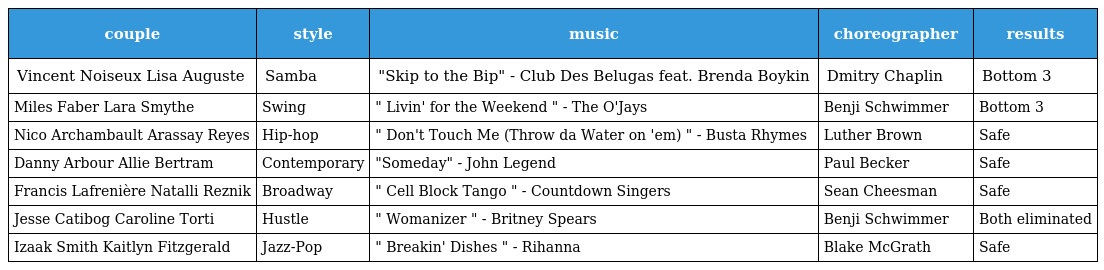
| couple | style | music | choreographer | results |
 | --- | --- | --- | --- | --- |
 | Vincent Noiseux Lisa Auguste | Samba | "Skip to the Bip" - Club Des Belugas feat. Brenda Boykin | Dmitry Chaplin | Bottom 3 |
 | Miles Faber Lara Smythe | Swing | " Livin' for the Weekend " - The O'Jays | Benji Schwimmer | Bottom 3 |
 | Nico Archambault Arassay Reyes | Hip-hop | " Don't Touch Me (Throw da Water on 'em) " - Busta Rhymes | Luther Brown | Safe |
 | Danny Arbour Allie Bertram | Contemporary | "Someday" - John Legend | Paul Becker | Safe |
 | Francis Lafrenière Natalli Reznik | Broadway | " Cell Block Tango " - Countdown Singers | Sean Cheesman | Safe |
 | Jesse Catibog Caroline Torti | Hustle | " Womanizer " - Britney Spears | Benji Schwimmer | Both eliminated |
 | Izaak Smith Kaitlyn Fitzgerald | Jazz-Pop | " Breakin' Dishes " - Rihanna | Blake McGrath | Safe |